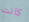
كانت